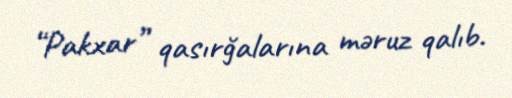
“Pakxar” qasırğalarına məruz qalıb.